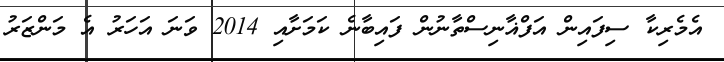
އެމެރިކާ ސިފައިން އަފްޣާނިސްތާނުން ފައިބާނެ ކަމަށާއި 2014 ވަނަ އަހަރު އެ މަންޒަރު